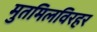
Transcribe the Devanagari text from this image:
मुतमिलविरहर